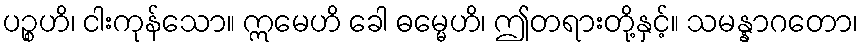
ပဉ္စဟိ၊ ငါးကုန်သော။ ဣမေဟိ ခေါ ဓမ္မေဟိ၊ ဤတရားတို့နှင့်။ သမန္နာဂတော၊